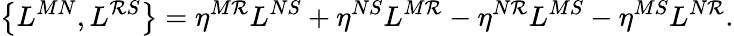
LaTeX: \left\{ L^{MN},L^{\mathcal{R}S}\right\} =\eta^{M\mathcal{R}}L^{NS}+\eta^{NS}L^{M\mathcal{R}}-\eta^{N\mathcal{R}}L^{MS}-\eta^{MS}L^{N\mathcal{R}}.